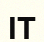
ІТ